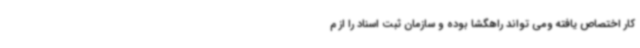
کار اختصاص یافته ومی تواند راهگشا بوده و سازمان ثبت اسناد را از م